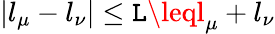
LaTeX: |l_{\mu}-l_{\nu}|\leq\mathtt{L}\leql_{\mu}+l_{\nu}